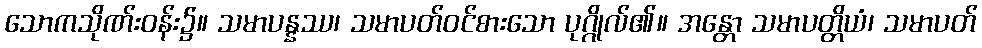
သောကသိုဏ်းဝန်း၌။ သမာပန္နဿ၊ သမာပတ်ဝင်စားသော ပုဂ္ဂိုလ်၏။ အန္တော သမာပတ္တိယံ၊ သမာပတ်